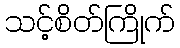
သင့်စိတ်ကြိုက်